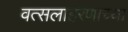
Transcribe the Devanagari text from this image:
वत्सलाहरणाच्या